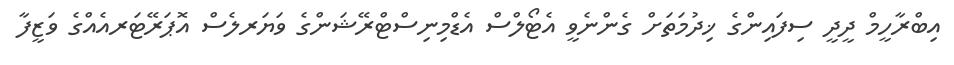
އިބްރާހީމް ދީދީ ސިފައިންގެ ޚިދުމަތަށް ގެންނެވީ އެޓޯލްސް އެޑްމިނިސްޓްރޭޝަންގެ ވަޔަރލެސް އޮޕަރޭޓަރއެއްގެ ވަޒީފާ